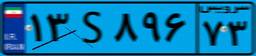
۹۶S۱۹۴۷۸